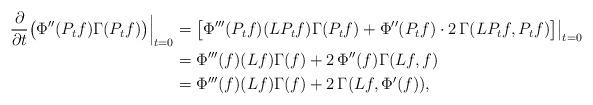
LaTeX: \begin{align*} \frac{\partial}{\partial t}\big(\Phi''(P_tf)\Gamma(P_t f) \big)\Big|_{t=0}&= \big[\Phi'''(P_t f)(LP_t f)\Gamma(P_t f)+\Phi''(P_t f)\cdot 2\,\Gamma(LP_t f,P_t f)\big]\big|_{t=0}\cr &=\Phi'''(f)(L f)\Gamma( f)+ 2\,\Phi''( f)\Gamma(L f, f)\\ &=\Phi'''(f)(L f)\Gamma( f)+ 2\,\Gamma(L f, \Phi'( f)), \end{align*}